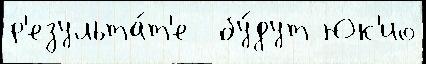
р'езульта́т'е  бу́дут Юк'ио